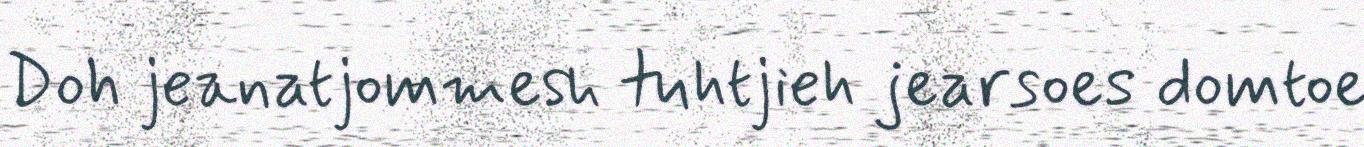
Doh jeanatjommesh tuhtjieh jearsoes domtoe